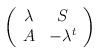
LaTeX: \begin{align*}\left(\begin{array}{cc} \lambda & S \cr A & -\lambda^t \end{array}\right)\end{align*}